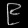
Digit: ၉